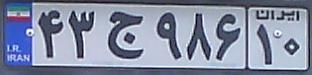
۴۳ج۹۸۶۱۰